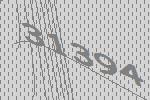
31394